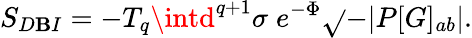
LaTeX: S_{D\mathbf{B}I}=-T_{q}\intd^{q+1}\sigma\; e^{-\Phi}\sqrt{}{{-|P[G]_{ab}|}}.